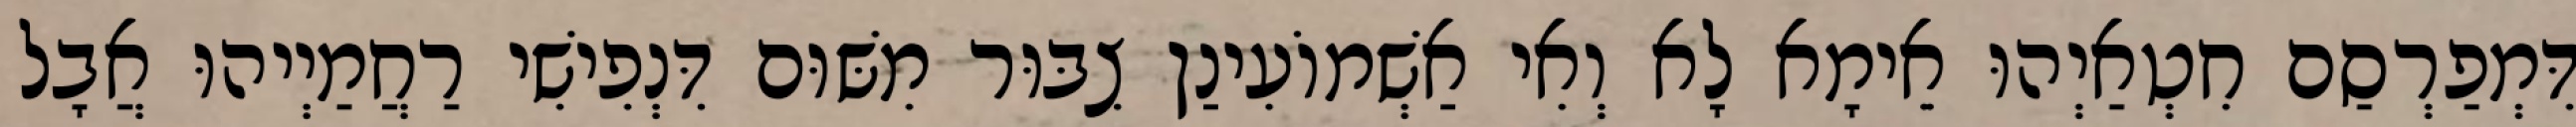
דִּמְפַרְסַם חִטְאַיְהוּ אֵימָא לָא וְאִי אַשְׁמוֹעִינַן צִבּוּר מִשּׁוּם דִּנְפִישִׁי רַחֲמַיְיהוּ אֲבָל